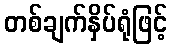
တစ်ချက်နှိပ်ရုံဖြင့်